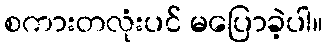
စကားတလုံးပင် မပြောခဲ့ပါ။